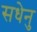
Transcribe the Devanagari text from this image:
सधेनु